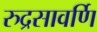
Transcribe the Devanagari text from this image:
रुद्रसावर्णि